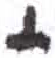
אות: י